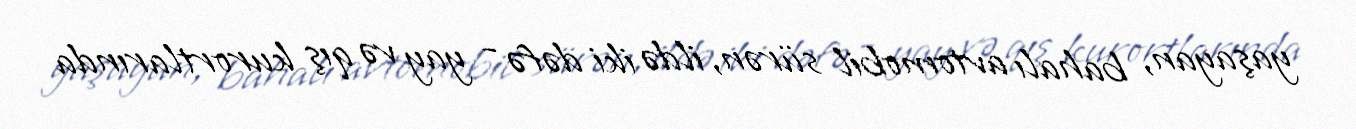
yaşayan, bahalı avtomobil sürən, ildə iki dəfə - yay və qış kurortlarında